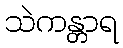
သဲကန္တာရ